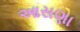
આસણા